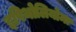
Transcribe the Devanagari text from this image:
इपिथोलियोमा